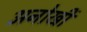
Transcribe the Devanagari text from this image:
अनोखीं